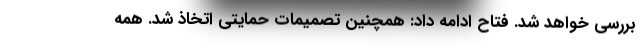
بررسی خواهد شد. فتاح ادامه داد: همچنین تصمیمات حمایتی اتخاذ شد. همه